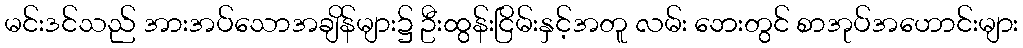
မင်းဒင်သည် အားအပ်သောအချိန်များ၌ ဦးထွန်းငြိမ်းနှင့်အတူ လမ်း ဘေးတွင် စာအုပ်အဟောင်းများ